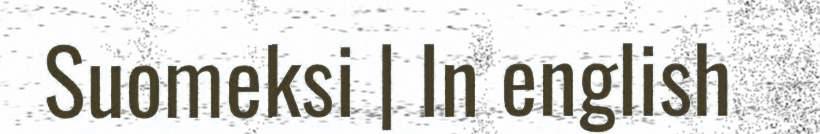
Suomeksi | In english